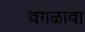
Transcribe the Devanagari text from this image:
वगळावा